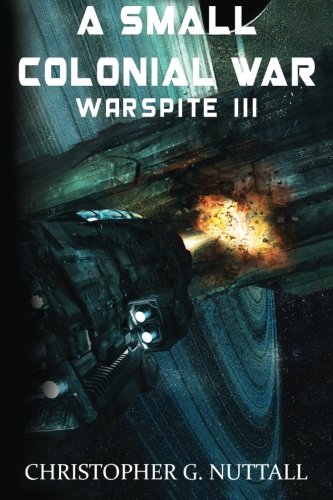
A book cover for A Small Colonial War (Ark Royal) (Volume 6); Mr Christopher G Nuttall; Science Fiction & Fantasy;